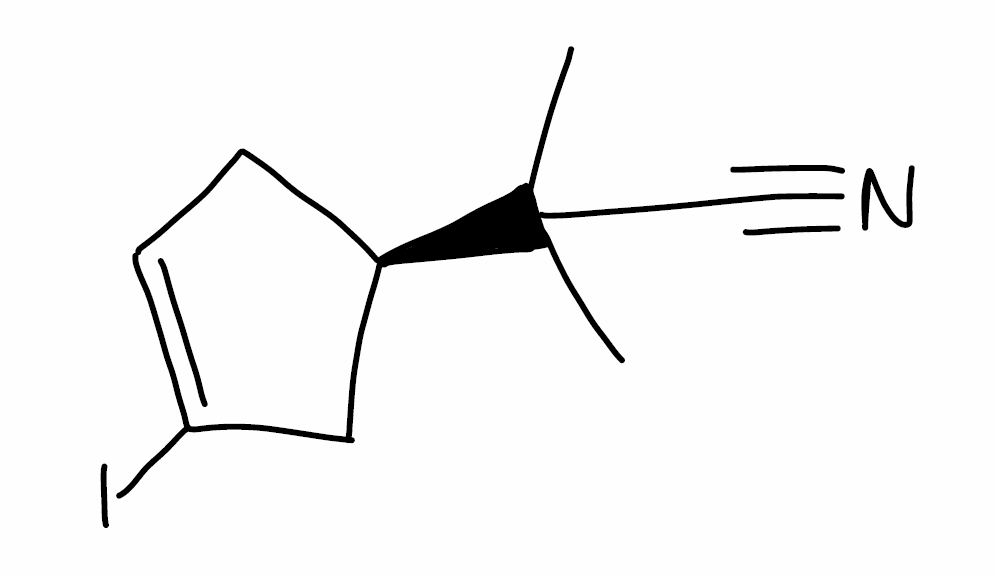
Simplified molecular-input line-entry system (SMILES) notation of the given molecule:
CC(C)(C#N)[C@@H]1CC=C(C1)I